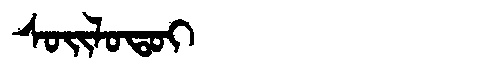
Manchu: ᠰᠣᡳᠯᠣᡨᠣᡳ
Romanization: SOILOTOI